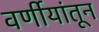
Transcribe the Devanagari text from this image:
वर्णीयांतून